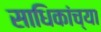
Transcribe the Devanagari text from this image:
साधिकांच्या